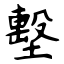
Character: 墼